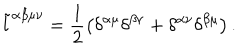
\tilde { l } ^ { \alpha \beta \mu \nu } = \frac { 1 } { 2 } \big ( \delta ^ { \alpha \mu } \delta ^ { \beta \nu } + \delta ^ { \alpha \nu } \delta ^ { \beta \mu } \big ) \, .